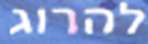
להרוג